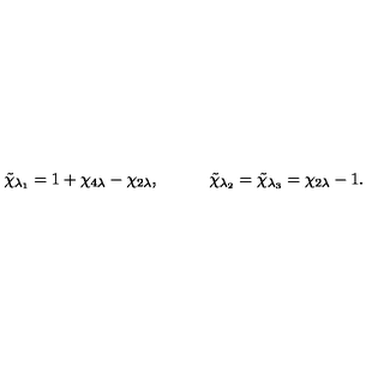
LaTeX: \tilde { \chi } _ { \lambda _ { 1 } } = 1 + \chi _ { 4 \lambda } - \chi _ { 2 \lambda } , \quad \qquad \tilde { \chi } _ { \lambda _ { 2 } } = \tilde { \chi } _ { \lambda _ { 3 } } = \chi _ { 2 \lambda } - 1 { } .